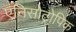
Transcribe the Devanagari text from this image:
एनिसोट्रोपिक